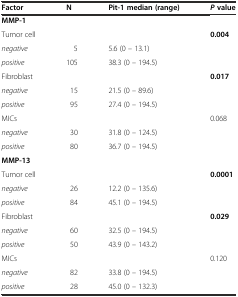
<table><thead><tr><td><b>Factor</b></td><td><b>N</b></td><td><b>Pit-1 median (range)</b></td><td><b><i>P</i> value</b></td></tr></thead><tbody><tr><td><b>MMP-1</b></td><td></td><td></td><td></td></tr><tr><td>Tumor cell</td><td></td><td></td><td><b>0.004</b></td></tr><tr><td><i>negative</i></td><td>5</td><td>5.6 (0 – 13.1)</td><td></td></tr><tr><td><i>positive</i></td><td>105</td><td>38.3 (0 – 194.5)</td><td></td></tr><tr><td>Fibroblast</td><td></td><td></td><td><b>0.017</b></td></tr><tr><td><i>negative</i></td><td>15</td><td>21.5 (0 – 89.6)</td><td></td></tr><tr><td><i>positive</i></td><td>95</td><td>27.4 (0 – 194.5)</td><td></td></tr><tr><td>MICs</td><td></td><td></td><td>0.068</td></tr><tr><td><i>negative</i></td><td>30</td><td>31.8 (0 – 124.5)</td><td></td></tr><tr><td><i>positive</i></td><td>80</td><td>36.7 (0 – 194.5)</td><td></td></tr><tr><td><b>MMP-13</b></td><td></td><td></td><td></td></tr><tr><td>Tumor cell</td><td></td><td></td><td><b>0.0001</b></td></tr><tr><td><i>negative</i></td><td>26</td><td>12.2 (0 – 135.6)</td><td></td></tr><tr><td><i>positive</i></td><td>84</td><td>45.1 (0 – 194.5)</td><td></td></tr><tr><td>Fibroblast</td><td></td><td></td><td><b>0.029</b></td></tr><tr><td><i>negative</i></td><td>60</td><td>32.5 (0 – 194.5)</td><td></td></tr><tr><td><i>positive</i></td><td>50</td><td>43.9 (0 – 143.2)</td><td></td></tr><tr><td>MICs</td><td></td><td></td><td>0.120</td></tr><tr><td><i>negative</i></td><td>82</td><td>33.8 (0 – 194.5)</td><td></td></tr><tr><td><i>positive</i></td><td>28</td><td>45.0 (0 – 132.3)</td><td></td></tr></tbody></table>